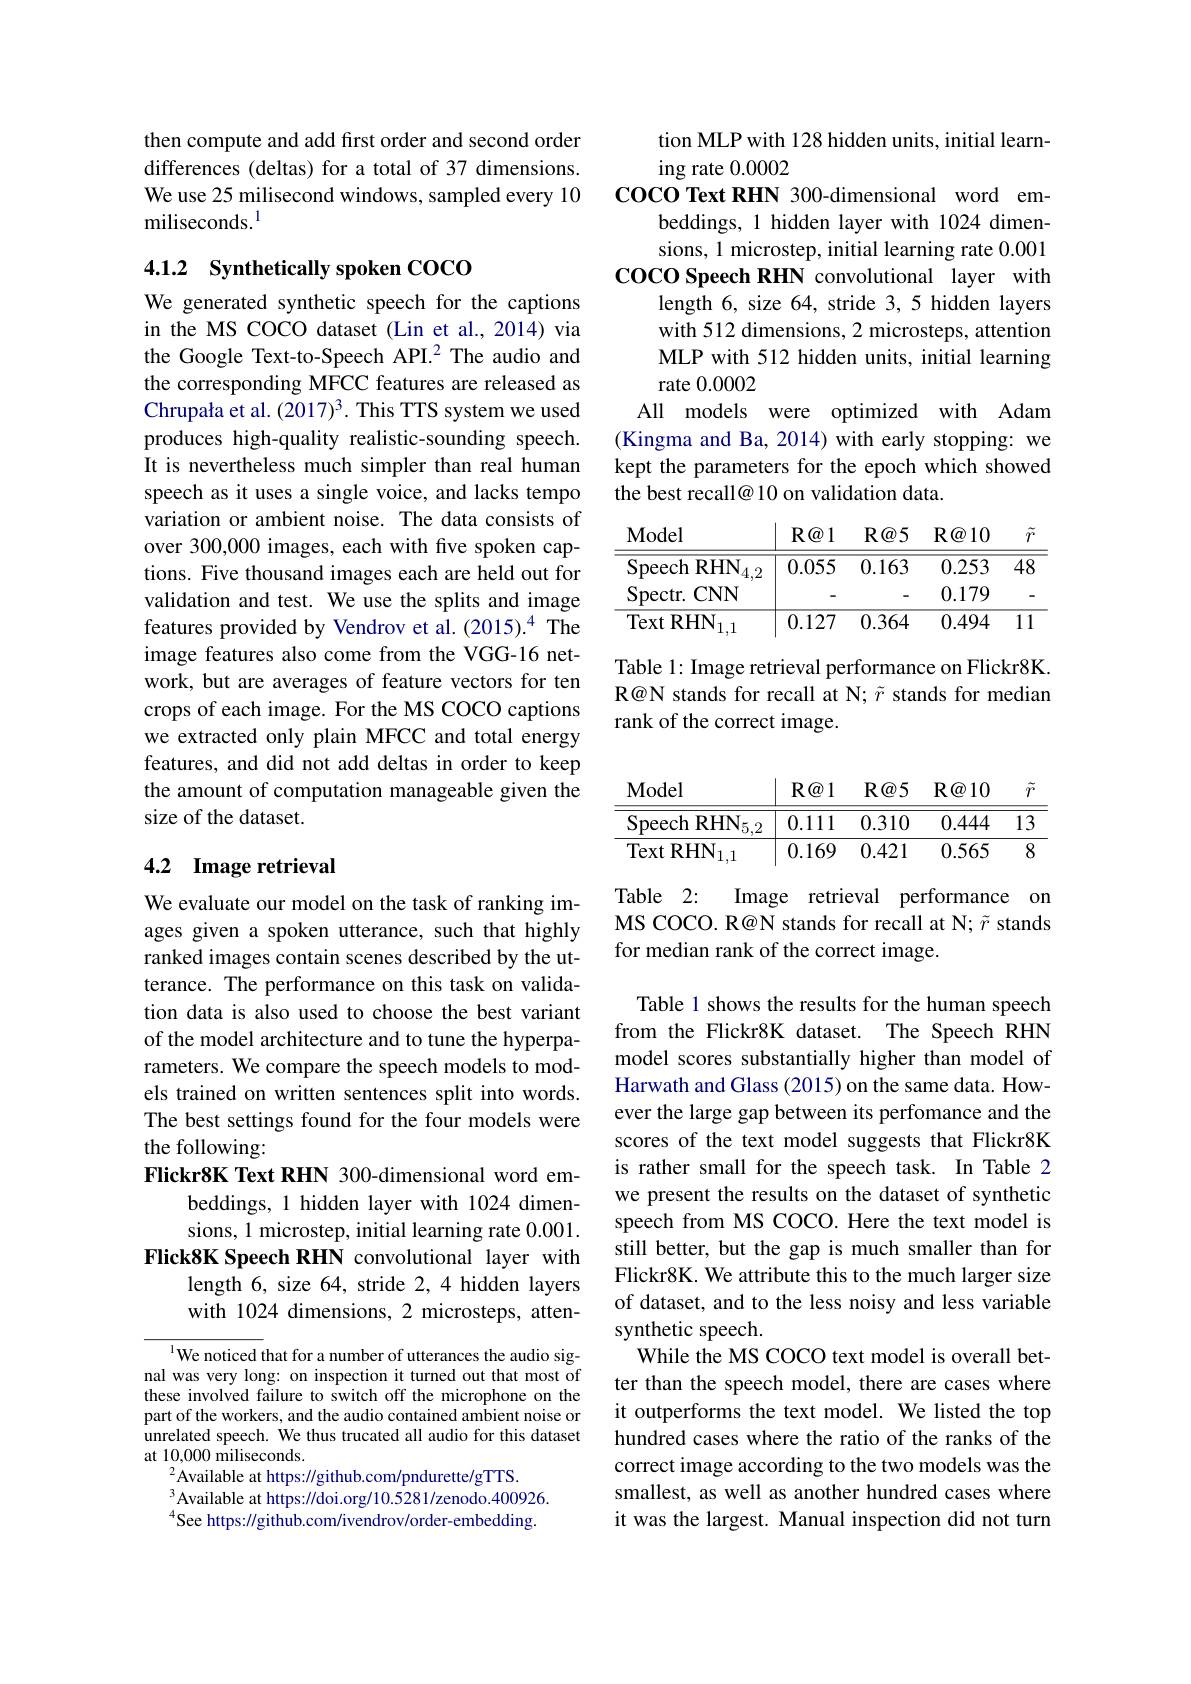
then compute and add first order and second order differences (deltas) for a total of 37 dimensions. We use 25 milisecond windows, sampled every 10 miliseconds.$^{1}$

## 4.1.2 Synthetically spoken COCO

We generated synthetic speech for the captions in the MS COCO dataset (Lin et al., 2014) via the Google Text-to-Speech API.$^{2}$ The audio and the corresponding MFCC features are released as Chrupała et al. (2017)3. This TTS system we used produces high-quality realistic-sounding speech. It is nevertheless much simpler than real human speech as it uses a single voice, and lacks tempo variation or ambient noise. The data consists of over 300,000 images, each with five spoken captions. Five thousand images each are held out for validation and test. We use the splits and image features provided by Vendrov et al.(2015).$^{4}$ The image features also come from the VGG-16 network, but are averages of feature vectors for ten crops of each image. For the MS COCO captions we extracted only plain MFCC and total energy features, and did not add deltas in order to keep the amount of computation manageable given the size of the dataset.

## 4.2 Image retrieval

We evaluate our model on the task of ranking images given a spoken utterance, such that highly ranked images contain scenes described by the utterance. The performance on this task on validation data is also used to choose the best variant of the model architecture and to tune the hyperparameters. We compare the speech models to models trained on written sentences split into words. The best settings found for the four models were the following:
Flickr8K Text RHN 300-dimensional word em-
beddings, 1 hidden layer with 1024 dimensions, 1 microstep, initial learning rate 0.001.
Flick8K Speech RHN convolutional layer with
length 6, size 64, stride 2,4 hidden layers with 1024 dimensions, 2 microsteps, atten-

$^{1}$We noticed that for a number of utterances the audio signal was very long: on inspection it turned out that most of these involved failure to switch off the microphone on the part of the workers, and the audio contained ambient noise or unrelated speech. We thus trucated all audio for this dataset at 10,000 miliseconds.
$^{2}$Available at https://github.com/pndurette/gTTS.
$^{3}$Available at https://doi.org/10.5281/zenodo.400926. $^{4}$See https://github.com/ivendrov/order-embedding.

tion MLP with 128 hidden units, initial learn-
ing rate 0.0002
COCO Text RHN 300-dimensional word em-
beddings, 1 hidden layer with 1024 dimensions, 1 microstep, initial learning rate 0.001
COCO Speech RHN convolutional layer with
length 6, size 64, stride 3,5 hidden layers with 512 dimensions, 2 microsteps, attention MLP with 512 hidden units, initial learning rate 0.0002
All models were optimized with Adam (Kingma and Ba, 2014) with early stopping: we kept the parameters for the epoch which showed the best recall@ 10 on validation data.

<table>
	<tbody>
		<tr>
			<th>$\mathbf{Model}$</th>
			<th>$R@1$</th>
			<th>$R@5$</th>
			<th>$\mathbf{R} \textcircled {a}10$</th>
			<th>$\tilde{r}$</th>
		</tr>
		<tr>
			<td>Speech RHN 4,2</td>
			<td>0.055</td>
			<td>0.163</td>
			<td>0.253</td>
			<td>$\overline{48}$</td>
		</tr>
		<tr>
			<td>Spectr. $CNN$</td>
			<td> </td>
			<td> </td>
			<td>0.179</td>
			<td> </td>
		</tr>
		<tr>
			<td>Text RHN 1 1.1</td>
			<td>0.127</td>
			<td>0.364</td>
			<td>0.494</td>
			<td>$\overline{11}$ </td>
		</tr>
	</tbody>
</table>

Table 1: Image retrieval performance on Flickr8K. R@N stands for recall at N; $\tilde{r}$ stands for median rank of the correct image.

<table>
	<tbody>
		<tr>
			<th>$\mathbf{Model}$</th>
			<th>$R@1$</th>
			<th>$R@5$</th>
			<th>$\mathbf{R} \textcircled {a}10$</th>
			<th>$\tilde{r}$ - 、</th>
		</tr>
		<tr>
			<td>Speech RHN$_{5,2}$</td>
			<td>0.111</td>
			<td>0.310</td>
			<td>0.444</td>
			<td>$\overline{13}$</td>
		</tr>
		<tr>
			<td>$\mathrm{Text~RHN}_{1,1}$</td>
			<td>0.169</td>
			<td>0.421</td>
			<td>0.565</td>
			<td>8</td>
		</tr>
	</tbody>
</table>

Table 2:
Image retrieval performance on
MS COCO. R@N stands for recall at N; $\tilde{r}$ stands
for median rank of the correct image.

Table 1 shows the results for the human speech from the Flickr8K dataset. The Speech RHN model scores substantially higher than model of Harwath and Glass (2015) on the same data. However the large gap between its perfomance and the scores of the text model suggests that Flickr8K is rather small for the speech task. In Table 2 we present the results on the dataset of synthetic speech from MS COCO. Here the text model is still better, but the gap is much smaller than for Flickr8K. We attribute this to the much larger size of dataset, and to the less noisy and less variable synthetic speech.
While the MS COCO text model is overall better than the speech model, there are cases where it outperforms the text model. We listed the top hundred cases where the ratio of the ranks of the correct image according to the two models was the smallest, as well as another hundred cases where it was the largest. Manual inspection did not turn